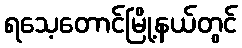
ရသေ့တောင်မြို့နယ်တွင်